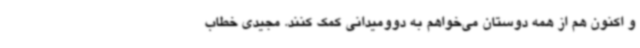
و اکنون هم از همه دوستان می‌خواهم به دوومیدانی کمک کنند. مجیدی خطاب